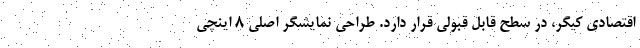
اقتصادی کیگر، در سطح قابل قبولی قرار دارد. طراحی نمایشگر اصلی 8 اینچی